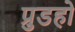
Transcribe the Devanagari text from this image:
प्रुडहो